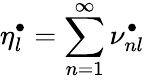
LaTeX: \eta_{l}^{\bullet}=\sum_{n=1}^{\infty}\nu_{nl}^{\bullet}